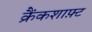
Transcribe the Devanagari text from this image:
क्रैंकशाफ़्ट